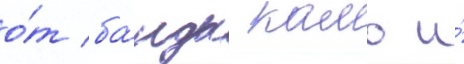
о́т ба́нды камо и́